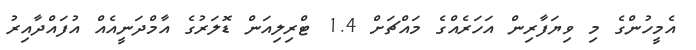
އެމީހުންގެ މި ވިޔަފާރިން އަހަރެއްގެ މައްޗަށް 1.4 ޓްރިލިއަން ޑޮލަރުގެ އާމްދަނީއެއް އުފައްދާއިރު